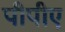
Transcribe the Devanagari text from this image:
पीपीए